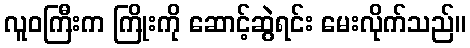
လူဝကြီးက ကြိုးကို ဆောင့်ဆွဲရင်း မေးလိုက်သည်။